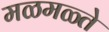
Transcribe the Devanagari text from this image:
मळमळ्ते